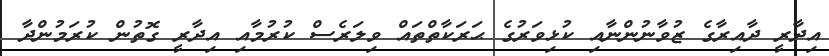
އިދާރީ ދާއިރާގެ ޒުވާނުންނާއި ކުޅިވަރުގެ ޙަރަކާތްތައް ވިލަރެސް ކުރުމާއި އިދާރީ ގޮތުން ކުރަމުންދާ